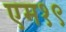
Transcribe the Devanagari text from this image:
एम१९